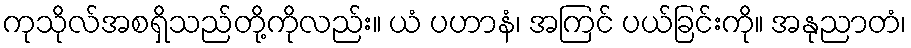
ကုသိုလ်အစရှိသည်တို့ကိုလည်း။ ယံ ပဟာနံ၊ အကြင် ပယ်ခြင်းကို။ အနုညာတံ၊